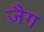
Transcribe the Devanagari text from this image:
ज़ैग